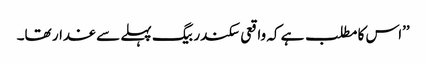
’’اس کا مطلب ہے کہ واقعی سکندر بیگ پہلے سے غدار تھا۔